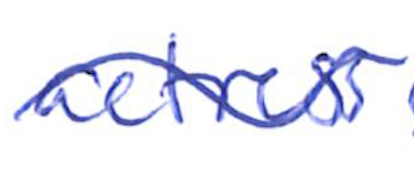
Text: actress
Cross-out: wave
Writing tool: ballpoint